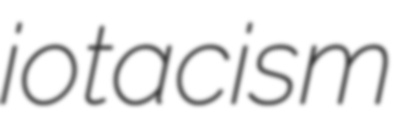
iotacism